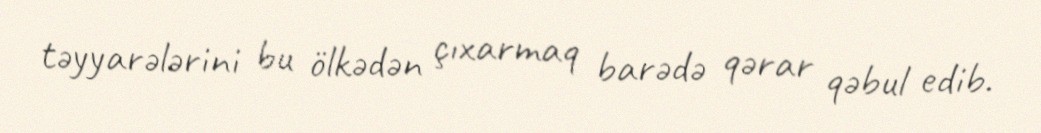
təyyarələrini bu ölkədən çıxarmaq barədə qərar qəbul edib.